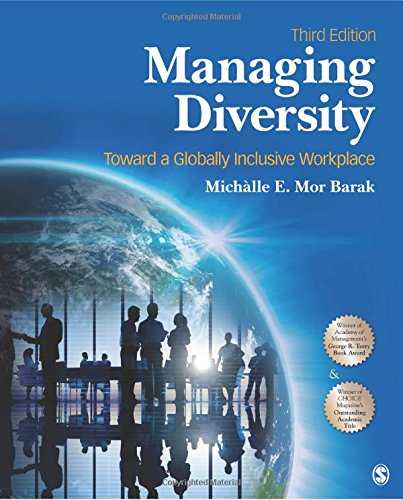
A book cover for Managing Diversity: Toward a Globally Inclusive Workplace; Michalle E. Mor Barak; Medical Books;